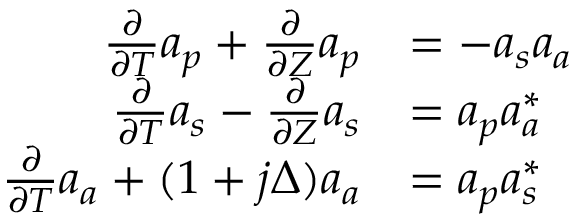
\begin{array} { r l } { \frac { \partial } { \partial T } a _ { p } + \frac { \partial } { \partial Z } a _ { p } } & { = - a _ { s } a _ { a } } \\ { \frac { \partial } { \partial T } a _ { s } - \frac { \partial } { \partial Z } a _ { s } } & { = a _ { p } a _ { a } ^ { * } } \\ { \frac { \partial } { \partial T } a _ { a } + ( 1 + j \Delta ) a _ { a } } & { = a _ { p } a _ { s } ^ { * } } \end{array}